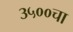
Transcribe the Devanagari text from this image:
३५००चा